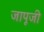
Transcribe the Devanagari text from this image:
जापूजी